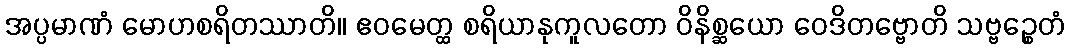
အပ္ပမာဏံ မောဟစရိတဿာတိ။ ဧဝမေတ္ထ စရိယာနုကူလတော ဝိနိစ္ဆယော ဝေဒိတဗ္ဗောတိ သဗ္ဗဉ္စေတံ